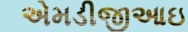
એમડીજીઆઇ